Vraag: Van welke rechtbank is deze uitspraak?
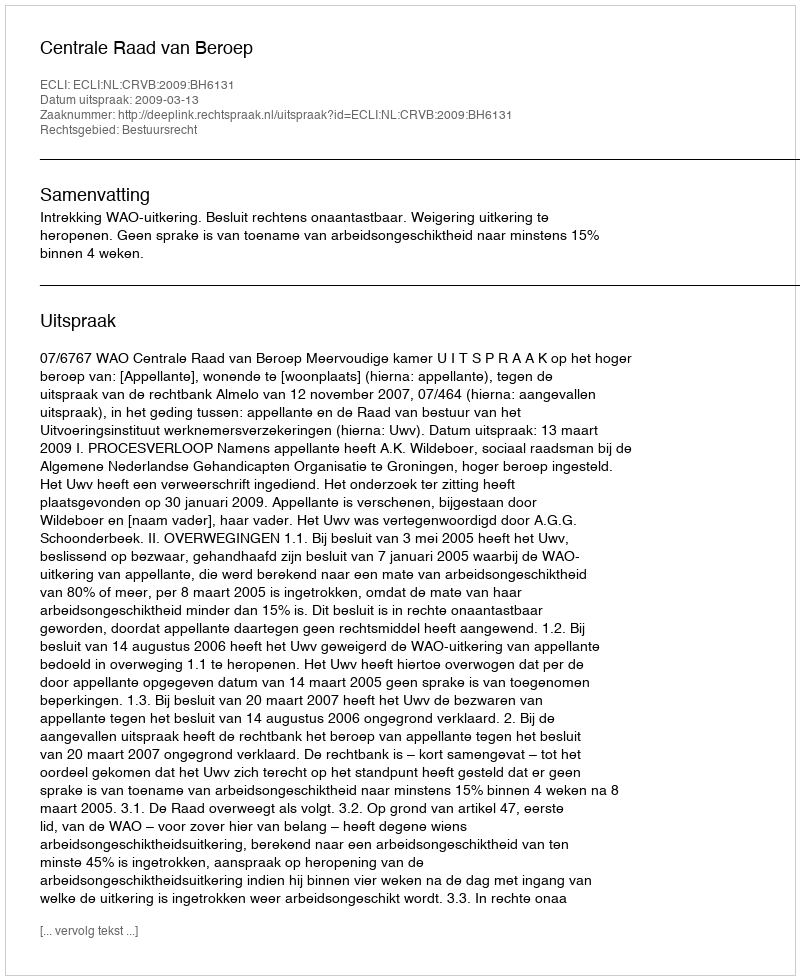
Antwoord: Centrale Raad van Beroep